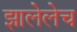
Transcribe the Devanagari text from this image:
झालेलेच